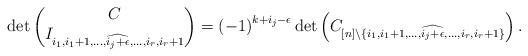
LaTeX: \begin{align*} \det\left(\begin{matrix}C\\ I_{i_{1},i_{1}+1,\ldots,\widehat{i_{j}+\epsilon},\ldots,i_{r},i_{r}+1} \end{matrix}\right)=\left(-1\right)^{k+i_{j}-\epsilon}\det\left(C_{[n]\setminus\{i_{1},i_{1}+1,\ldots,\widehat{i_{j}+\epsilon},\ldots,i_{r},i_{r}+1\}}\right). \end{align*}